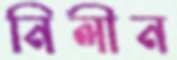
নিলীন